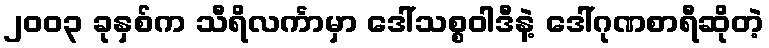
၂၀၀၃ ခုနှစ်က သီရိလင်္ကာမှာ ဒေါ်သစ္စဝါဒီနဲ့ ဒေါ်ဂုဏစာရီဆိုတဲ့